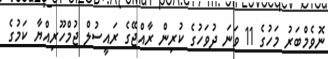
ނޮވެމްބަރު މަހުގެ 11 ވަނަ ދުވަހުގެ ކުރިން ރާއްޖޭގެ ރައީސުލް ޖުމްހޫރިއްޔާ ކަމުގެ